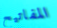
المفاتيح